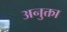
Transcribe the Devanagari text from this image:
अनुक्ता